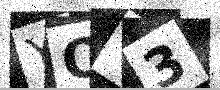
Text: YQY3